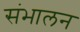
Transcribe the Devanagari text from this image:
संभालन